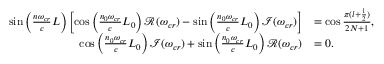
\begin{array} { r l } { \sin \left( \frac { n \omega _ { c r } } { c } L \right) \left[ \cos \left( \frac { n _ { 0 } \omega _ { c r } } { c } L _ { 0 } \right) \mathcal { R } ( \omega _ { c r } ) - \sin \left( \frac { n _ { 0 } \omega _ { c r } } { c } L _ { 0 } \right) \mathcal { I } ( \omega _ { c r } ) \right] } & { = \cos \frac { \pi ( l + \frac { 1 } { 2 } ) } { 2 N + 1 } , } \\ { \cos \left( \frac { n _ { 0 } \omega _ { c r } } { c } L _ { 0 } \right) \mathcal { I } ( \omega _ { c r } ) + \sin \left( \frac { n _ { 0 } \omega _ { c r } } { c } L _ { 0 } \right) \mathcal { R } ( \omega _ { c r } ) } & { = 0 . } \end{array}